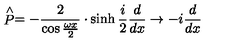
\stackrel { \wedge } { P } = - \frac { 2 } { \cos \frac { \omega x } { 2 } } \cdot \sinh \frac { i } { 2 } \frac { d } { d x } \rightarrow - i \frac { d } { d x }